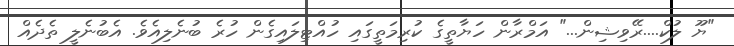
"ޔޫ ލުކް....ރޭވިޝިން..." އަމްރާން ހަޔާތީގެ ކުރިމަތީގައި ހުއްޓިލައިގެން ހުރެ ބުނެލިއެވެ. އެބުނެލީ ތެދެއް